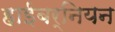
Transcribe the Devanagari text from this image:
हाईबर्नियन